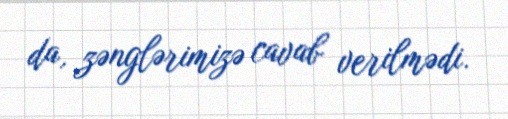
da, zənglərimizə cavab verilmədi.